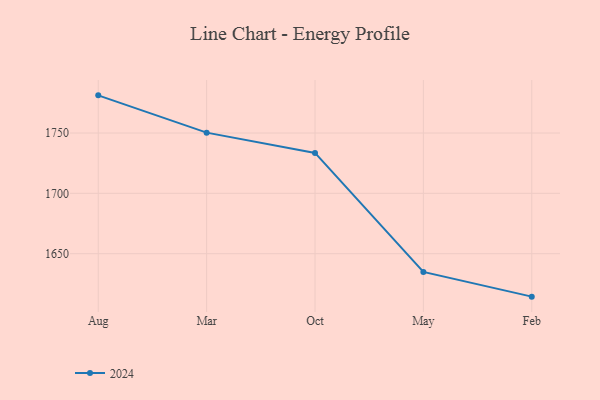
{"axis": {"x": "Month", "y": "Demand Index"}, "legend": ["2024"], "data": [{"x": "Aug", "y": 1781.2, "type": "2024"}, {"x": "Mar", "y": 1750.3, "type": "2024"}, {"x": "Oct", "y": 1733.5, "type": "2024"}, {"x": "May", "y": 1634.9, "type": "2024"}, {"x": "Feb", "y": 1614.4, "type": "2024"}]}